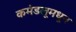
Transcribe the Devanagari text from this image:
कमंडलूमधून